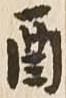
酉